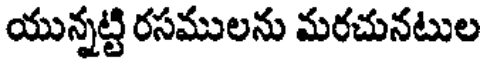
యున్నట్టి రసములను మరచునటుల